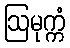
ဩမုက္ကံ